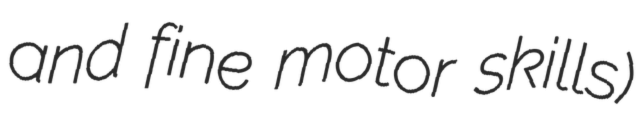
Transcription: and fine motor skills)